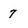
Character: 7